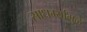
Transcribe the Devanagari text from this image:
साधर्म्यामुळे